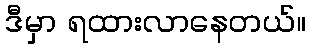
ဒီမှာ ရထားလာနေတယ်။